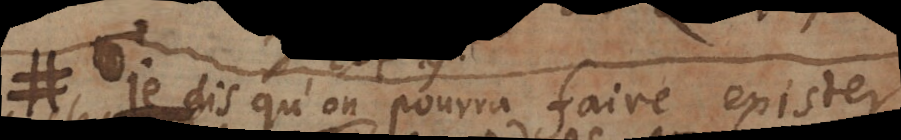
# Je dis qu’on pourra faire exister